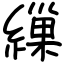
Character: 繅